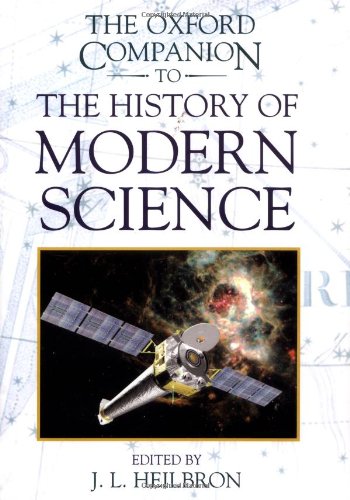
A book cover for The Oxford Companion to the History of Modern Science; Science & Math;